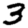
Digit: 3